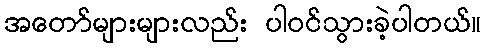
အတော်များများလည်း ပါဝင်သွားခဲ့ပါတယ်။